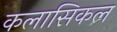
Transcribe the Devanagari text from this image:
कलासिकल